Report on vaccination in Madras 1922-1929 - 1922-1929
Year: 1922
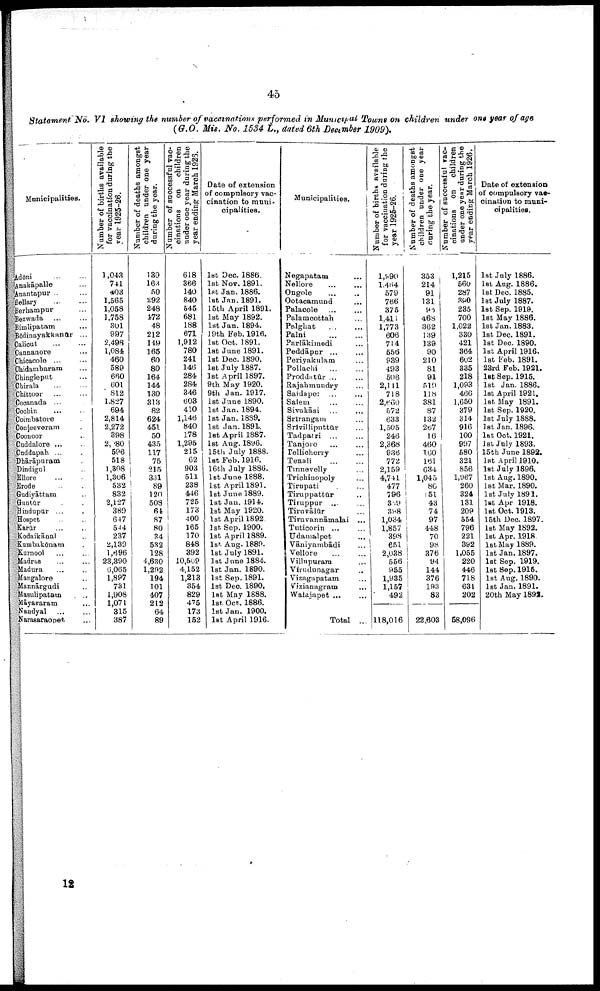
45
Statement No. VI showing the number of vaccinations performed in Municipal Towns on children under one year of age
(G.O. Mis. No. 1534 L., dated 6th December 1909).
Municipalities.
Adōni ... ...
Anakāpalle ... ...
Anantapur ... ...
Bellary
...
...
Berhampur ...
Bezwada ... ...
Bimlipatam ...
Bōdinayakkanūr ...
Calicut
...
...
Cannanore ...
Chicacole
...
...
Chidambaram ...
Chingleput ...
Chirala
...
...
Chittoor ... ...
Cocanada ... ...
Cochin ... ...
Coimbatore ...
Conjeeveram ...
Coonoor ...
Cuddalore ... ...
Cuddapah ... ...
Dhārāpuram ...
Dindigul ...
Ellore ... ...
Erode ... ...
Gudiyāttam ... ...
Guntūr ... ...
Hindupur ... ...
Hospet ... ...
Karūr ... ...
Kodaikānal ...
Kumbakōnam ...
Kurnool ... ...
Madras ... ...
Madura ... ...
Mangalore ...
Mannārgudi ...
Masulipatam ...
Māyavaram ...
Nandyal ... ...
Narasaraopet ...
Number of births available
for vaccination during the
year 1925-26.
1,043
741
403
1,565
1,058
1,758
301
997
2,498
1,084
460
589
660
601
812
1,827
694
2,814
2,272
398
2,080
596
518
1,308
1,306
532
832
2,127
389
647
544
237
2,139
1,696
23,390
6,065
1,897
731
1,908
1,071
315
387
Number of deaths amongst
children under one year
during the year.
130
163
50
292
248
472
48
212
149
165
60
80
164
144
130
313
82
624
451
50
435
117
75
215
331
89
120
508
64
87
80
34
532
128
4,630
1,292
194
101
407
212
64
89
Number of Successful vac-
cinations on children
under one year during the
year ending March 1925.
618
366
140
840
645
681
188
671
1,912
780
241
146
284
284
346
603
410
1,146
840
178
1,295
215
62
903
511
238
446
725
173
400
165
170
848
392
10,509
4,152
1,213
354
829
475
173
152
Date of extension
of compulsory vac
cination to muni¬
cipalities.
1st Dec. 1886.
1st Nov. 1891.
1st Jan. 1886.
1st Jan. 1891.
15th April 1891.
1st May 1892.
1st Jan. 1894.
19th Feb. 1916.
1st Oct. 1891.
1st June 1891.
1st Dec. 1890.
1st July 1887.
1st April 1897.
9th May 1920.
9th Jan. 1917.
1st June 1890.
1st Jan. 1894.
1st Jan. 1889.
1st Jan. 1891.
1st April 1887.
1st Aug. 1896.
15th July 1888.
1st Feb. 1916.
16th July 1886.
1st June 1888.
1st April 1891.
1st June 1889.
1st Jan. 1914.
1st May 1920.
1st April 1892.
1st Sep. 1900.
1st April 1889.
1st Aug. 1889.
1st July 1891.
1st June 1884.
1st Jan. 1890.
1st Sep. 1891.
1st Dec. 1890.
1st May 1888.
1st Oct. 1886.
1st Jan. 1900.
1st April 1916.
Municipalities.
Negapatam ...
Nellore
...
...
Ongole ... ...
Ootacamund ...
Palacole ... ...
Palamcottah ...
Palghat ... ...
Palni
...
...
Parlākimedi ...
Peddāpur ... ...
Periyakulam ...
Pollachi
...
...
Proddatúr ... ...
Rajahmundry ...
Saidapet ...
Salem ... ...
Sivakāsi ... ...
Srīrangam ...
Srīvilliputtūr ...
Tadpatri ... ...
Tanjore ... ...
Tellicherry ...
Tenali
...
...
Tinnevelly ...
Trichinopoly ...
Tirupati ... ...
Tiruppattūr ... ...
Tiruppur ... ...
Tiruvālūr ...
Tiruvannāmalai ...
Tuticorin ... ...
Udamalpet ...
Vāniyambādi ...
Vellore
...
...
Villupuram ...
Virudunagar ...
Vizagapatam ...
Vizianagram ...
Walajapet ... ...
Total ...
Number of births available
for vaccination during the
year 1925-26.
1,990
1,454
579
766
375
1,411
1,773
606
714
556
939
493
506
2,141
718
2,660
572
633
1,505
246
2,368
936
772
2,159
4,741
477
796
339
398
1,034
1,857
398
651
2,038
556
955
l,935
1,157
492
118,016
Number of deaths amongst
children under one year
during the year.
353
214
91
131
96
468
362
139
139
90
210
81
91
519
118
381
87
132
267
16
460
160
161
634
1,045
80
151
43
74
97
448
70
98
376
94
144
376
193
83
22,603
Number of successful vac
cinations on
children
under one year during the
year ending March 1926.
1,215
560
287
390
235
700
1,022
330
421
364
602
335
218
1,093
466
1,650
379
314
916
100
997
580
321
856
1,967
260
324
131
209
554
796
221
392
1,055
220
446
718
631
202
58,096
Date of extension
of compulsory vac
cination to muni
cipalities.
1st July 1886.
1st Aug. 1886.
1st Dec. 1885.
1st July 1887.
1st Sep. 1919.
1st May 1886.
1st Jan.1883.
1st Dec. 1891.
1st Dec. 1890.
1st April 1916.
1st Feb. 1891.
23rd Feb. 1921.
1st Sep. 1915.
1st Jan. 1886.
1st April 1921.
1st May 1891.
1st Sep. 1920.
1st July 1888.
1st Jan. 1896.
1st Oct. 1921.
1st July 1893.
15th June 1892.
1st April 1910.
1st July 1896.
1st Aug. 1890.
1st Mar. 1890.
1st July 1891.
1st Apr 1918.
1st Oct. 1913.
15th Dec. 1897.
1st May 1892.
1st Apr. 1918.
1st May 1889.
1st Jan. 1897.
1st Sep. 1919.
1st Sep. 1915.
1st Aug. 1890.
1st Jan.1891.
20th May 1892.
12